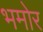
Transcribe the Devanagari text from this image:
भमोर